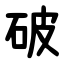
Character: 破